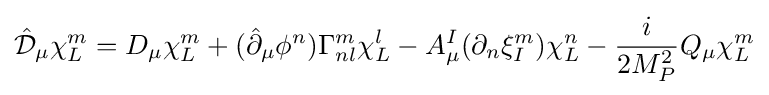
{\hat {\mathcal {D}}}_{\mu }\chi _{L}^{m}=D_{\mu }\chi _{L}^{m}+({\hat {\partial }}_{\mu }\phi ^{n})\Gamma _{nl}^{m}\chi _{L}^{l}-A_{\mu }^{I}(\partial _{n}\xi _{I}^{m})\chi _{L}^{n}-{\frac {i}{2M_{P}^{2}}}Q_{\mu }\chi _{L}^{m}